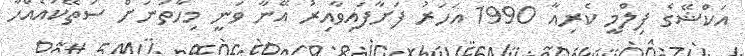
އަކްޝޭގެ ފިލްމީ ކެރިއާ 1990 އަހަރު ފަށާފައިވާއިރު އޭނާ ވަނީ މިހާތަނަށް ސަތޭކައެއްހާ